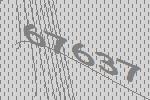
67637